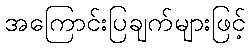
အကြောင်းပြချက်များဖြင့်